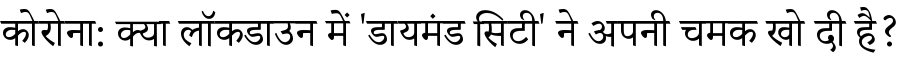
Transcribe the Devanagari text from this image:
कोरोना: क्या लॉकडाउन में 'डायमंड सिटी' ने अपनी चमक खो दी है?